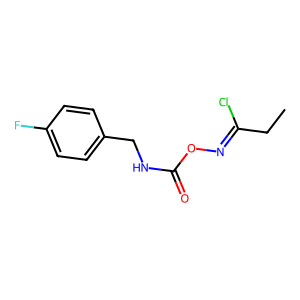
SMILES: CCC(Cl)=NOC(=O)NCc1ccc(F)cc1
Inhibits HIV replication: No